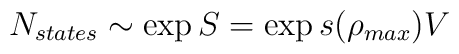
N_{states} \sim \exp{S}= \exp s(\rho_{max})V